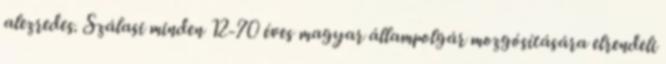
alezredes. Szálasi minden 12-70 éves magyar állampolgár mozgósítására elrendeli